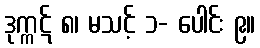
ဒုက္ကဋ် ၈၊ မသင့် ၁- ပေါင်း ၉။